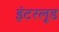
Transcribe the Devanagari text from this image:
इंटरलूड